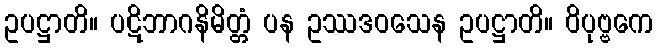
ဥပဋ္ဌာတိ။ ပဋိဘာဂနိမိတ္တံ ပန ဥဿဒဝသေန ဥပဋ္ဌာတိ။ ဝိပုဗ္ဗကေ